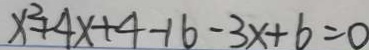
x ^ { 2 } + 4 x + 4 - 1 6 - 3 x + 6 = 0